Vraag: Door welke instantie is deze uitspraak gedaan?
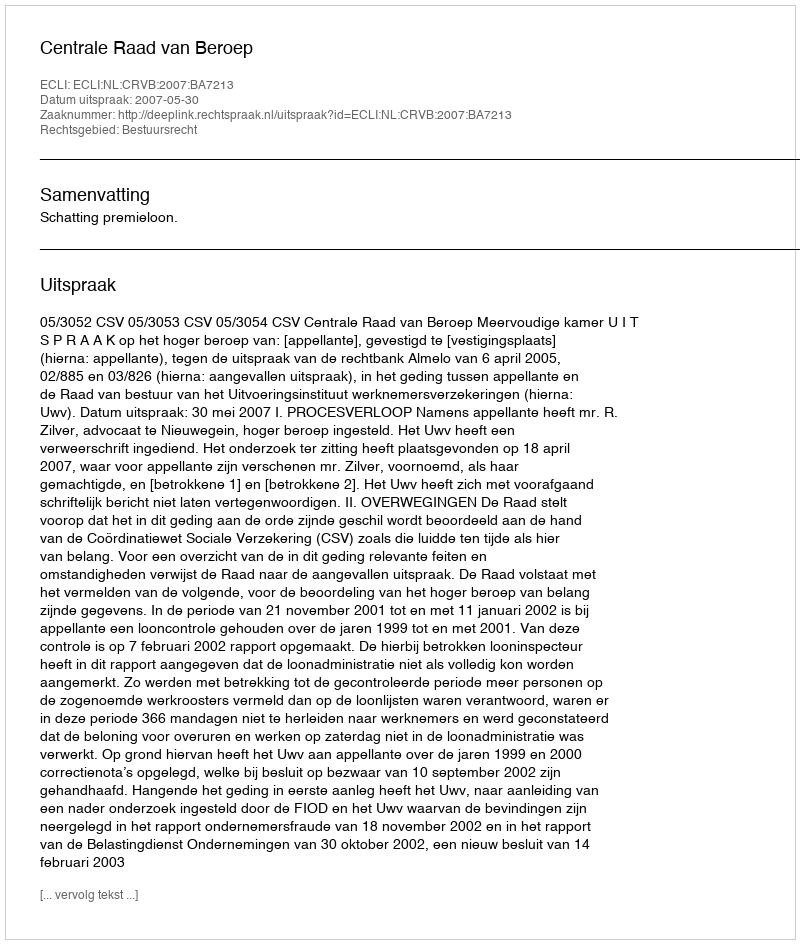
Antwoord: Centrale Raad van Beroep